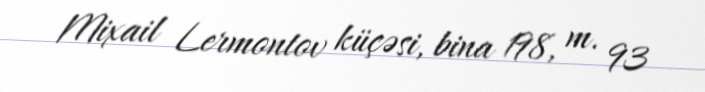
Mixail Lermontov küçəsi, bina 198, m. 93